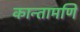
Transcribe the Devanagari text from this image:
कान्तामणि